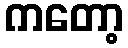
ကတော့